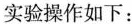
实验操作如下：